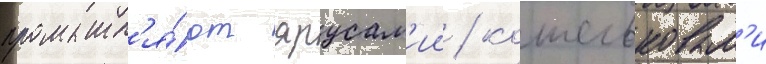
промышл'я́ют ярусам'ии / кошельковым'и